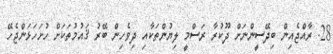
28. ރާއްޖެއިން ބިދޭސީންނަށް ދޫކުރާ ރަސްމީ ލިޔުންތަކާއި ދިވެހިން ބޭރު ޤައުމުތަކަށް ހުށަހަޅަންޖެހޭ